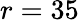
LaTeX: r=35